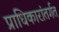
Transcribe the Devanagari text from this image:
प्राधिकारांतर्गत